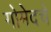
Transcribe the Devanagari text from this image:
गोमेदचे